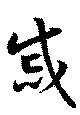
戚